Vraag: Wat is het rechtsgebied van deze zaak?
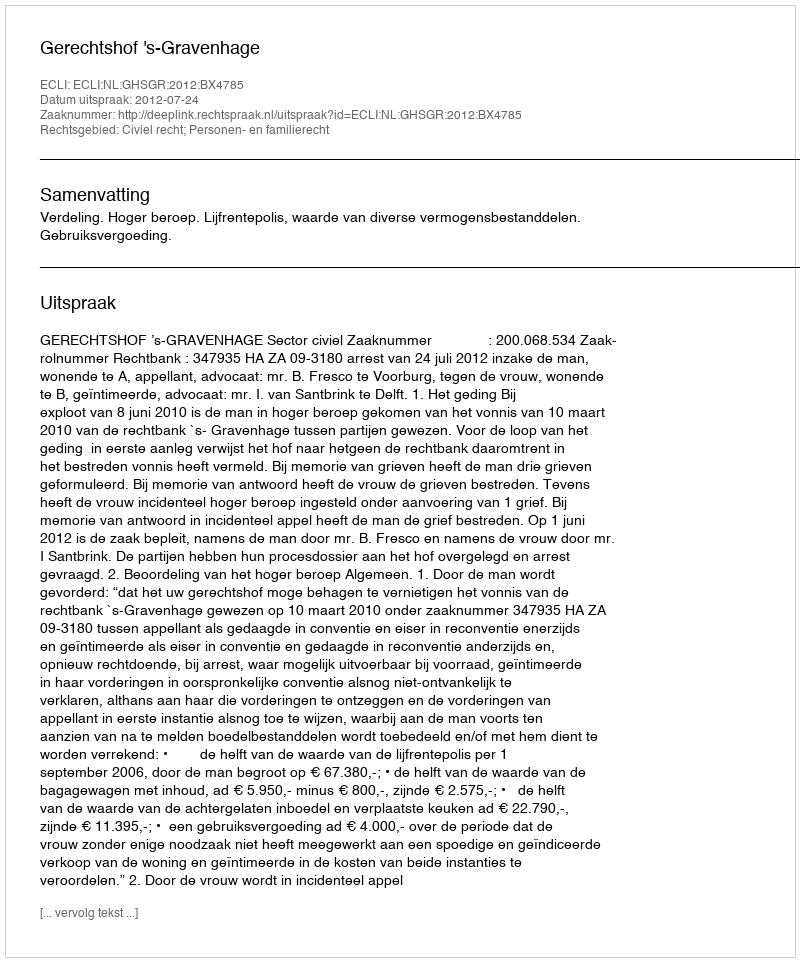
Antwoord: Civiel recht; Personen- en familierecht